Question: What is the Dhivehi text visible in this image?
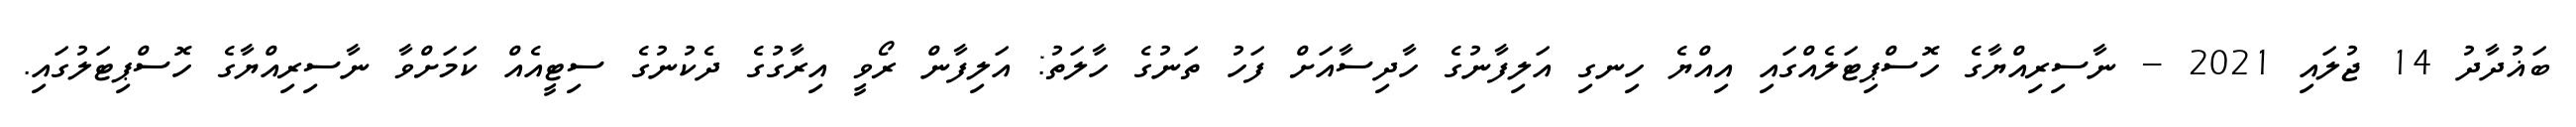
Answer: ބަޣުދާދު 14 ޖުލައި 2021 -- ނާސިރިއްޔާގެ ހޮސްޕިޓަލެއްގައި އިއްޔެ ހިނގި އަލިފާނުގެ ހާދިސާއަށް ފަހު ތަނުގެ ހާލަތު: އަލިފާން ރޯވީ އިރާގުގެ ދެކުނުގެ ސިޓީއެއް ކަމަށްވާ ނާސިރިއްޔާގެ ހޮސްޕިޓަލުގައި.